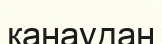
қанаудан